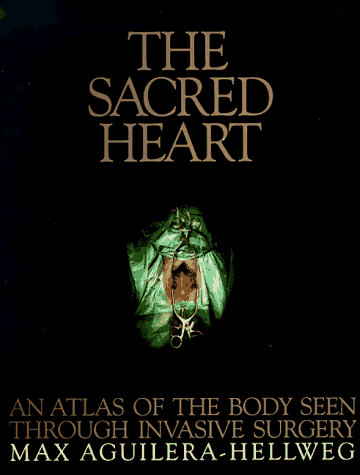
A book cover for The Sacred Heart: An Atlas of the Body Seen Through Invasive Surgery; Max Aguilera-Hellweg; Medical Books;